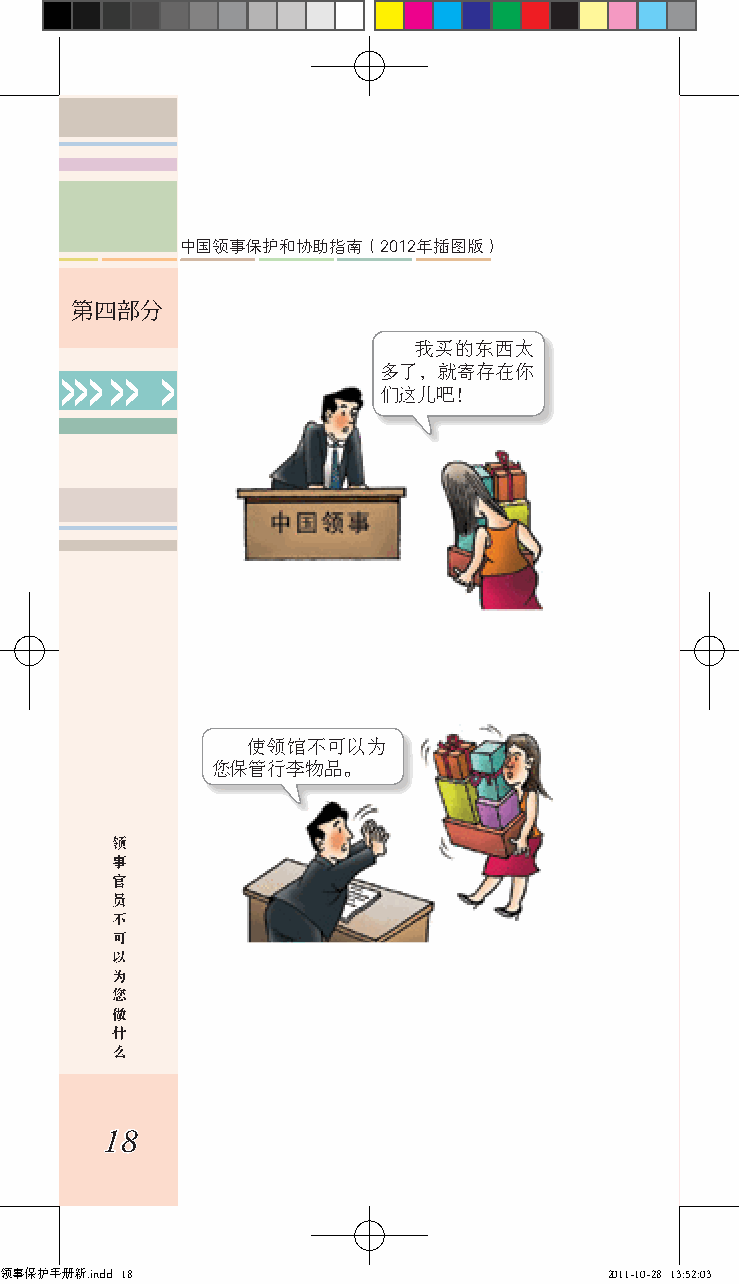
中国领事保护和协助指南（2012年插图版）
 第四部分
 我买的东西太
 多了，就寄存在你
 >>> >> >
 们这儿吧！
 使领馆不可以为
 您保管行李物品。
 领
 事
 官
 员
 不
 可
 以
 为
 您
 做
 什
 么
 18
 领事保护手册新.indd 18                         2011-10-28 13:52:03